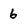
Character: 6